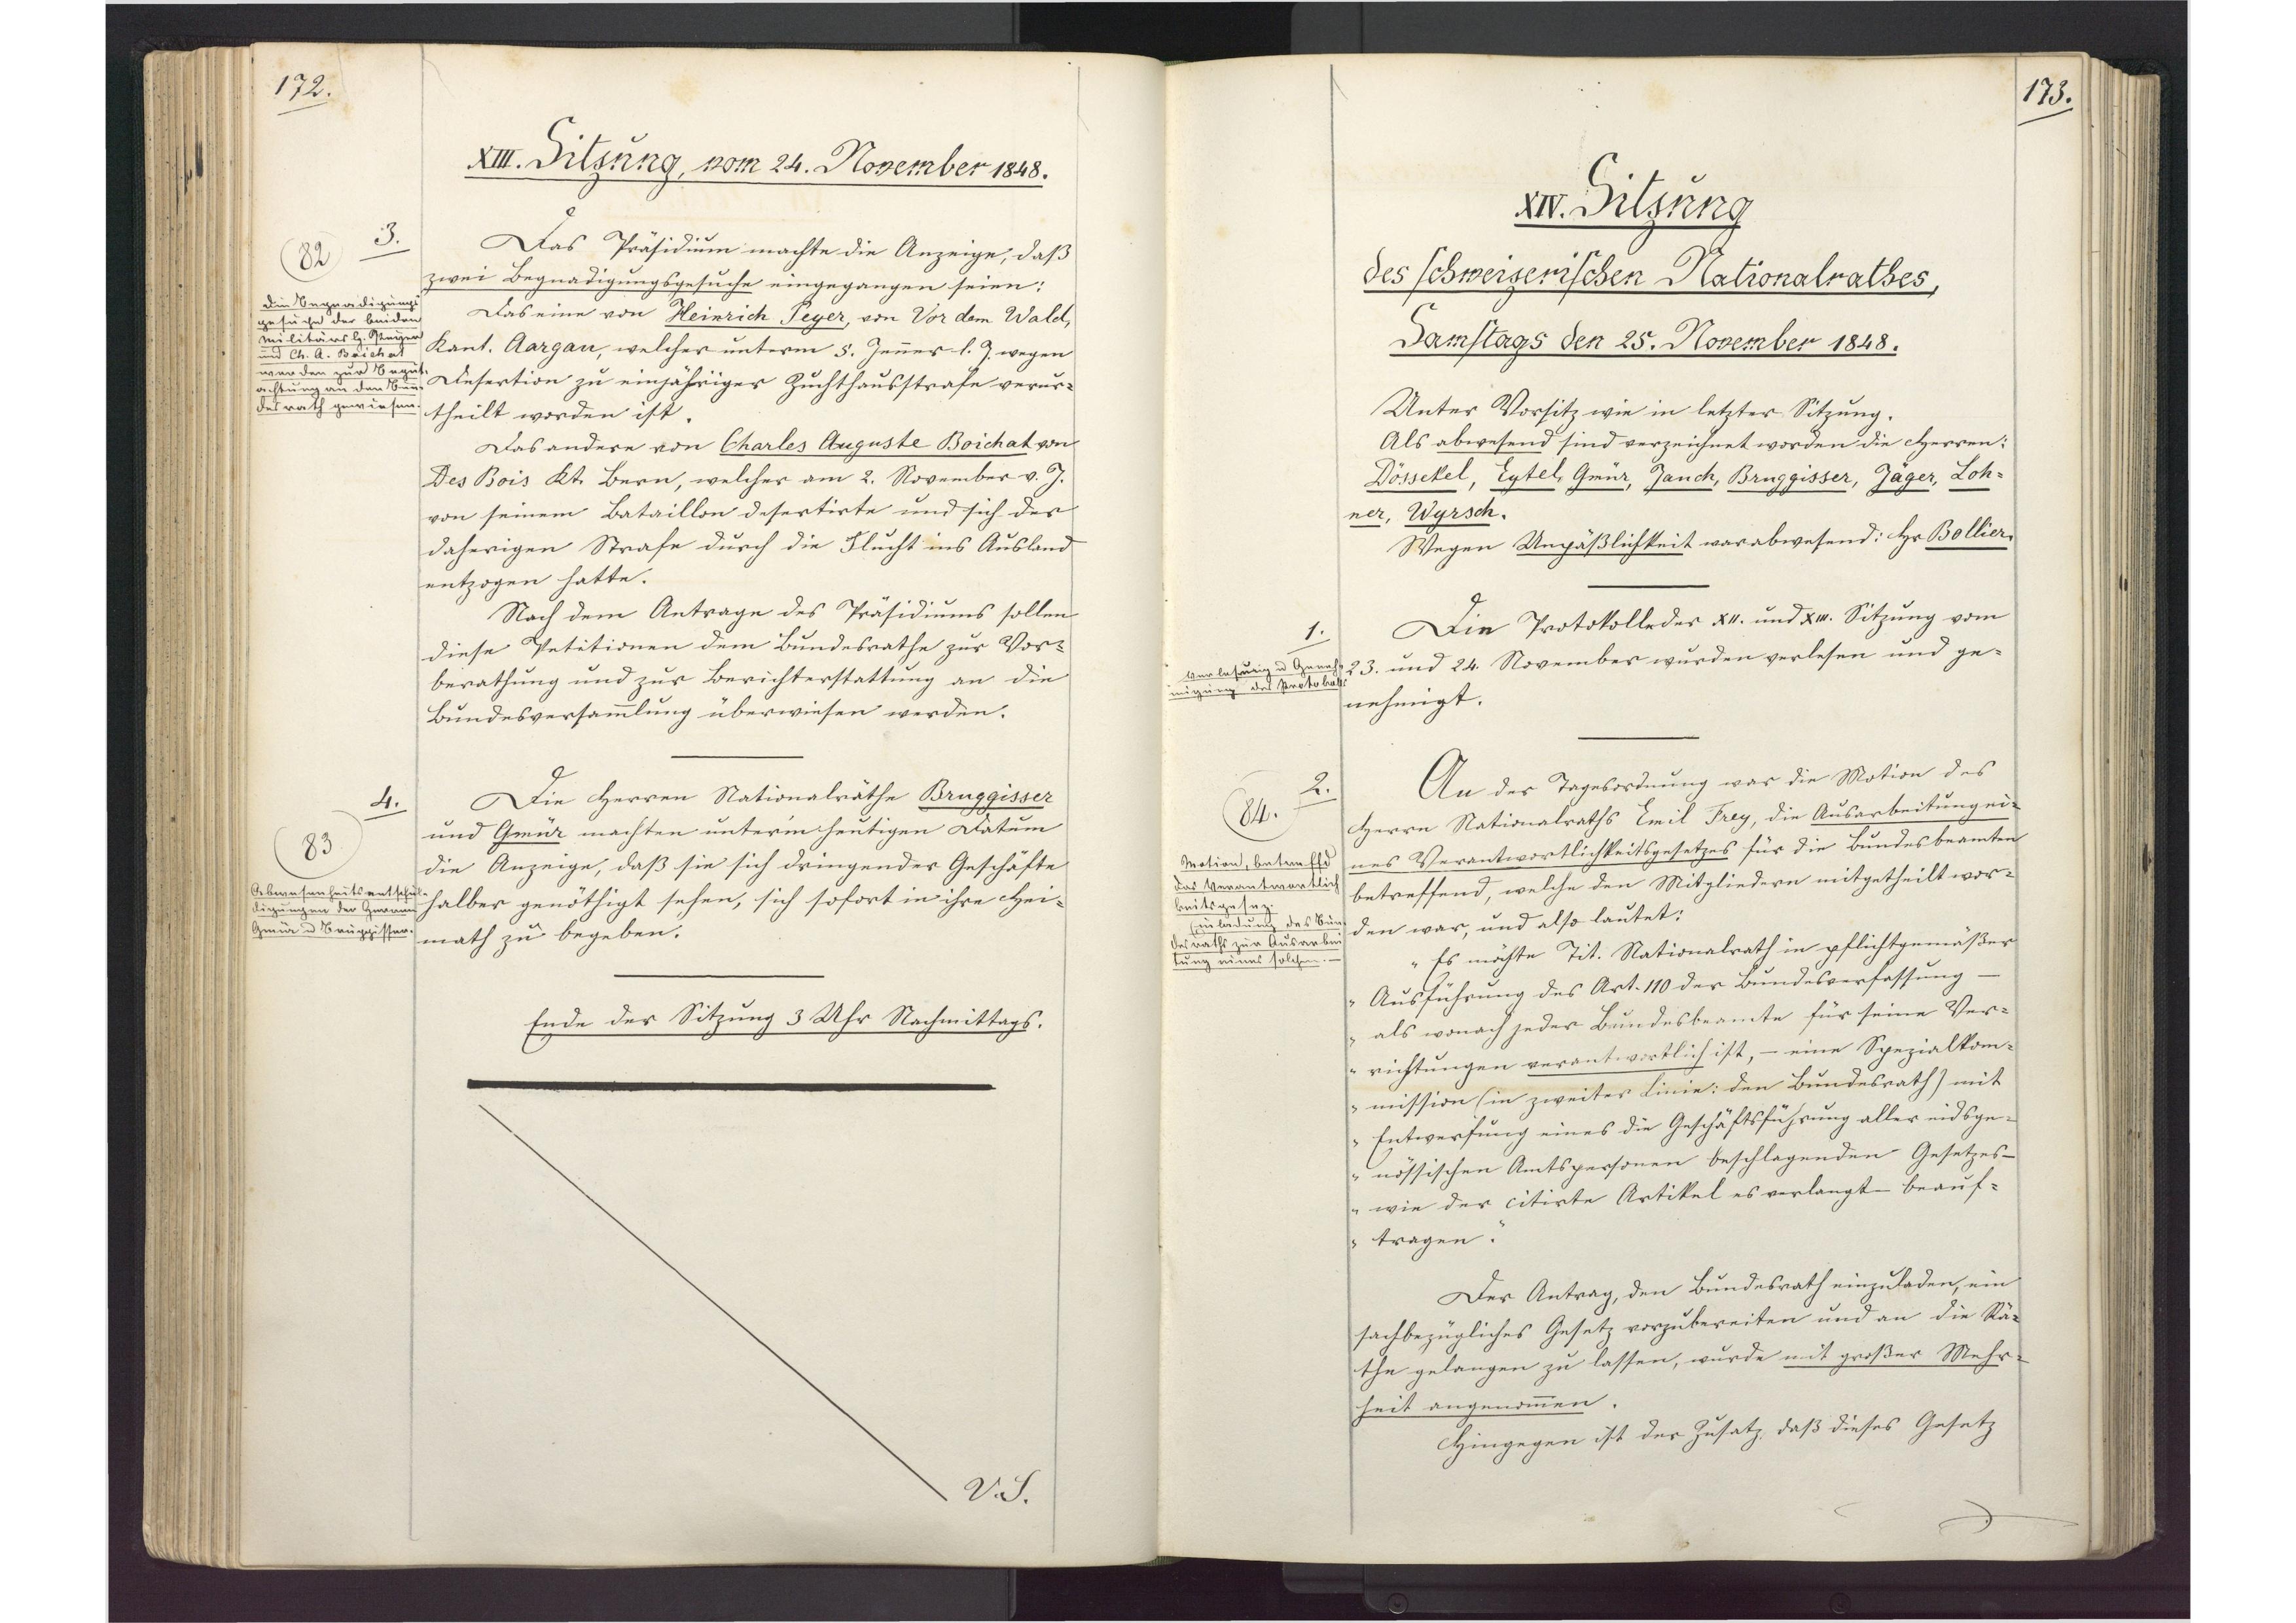
173.

XIV. Sitzung
des schweizerischen Nationalrathes,
Samstags den 25. November 1848.

Unter Vorsitz wie in letzter Sitzung.
Als abwesend sind verzeichnet worden die Herren:
Dössekel, Eytel, Gmür, Jauch, Bruggisser, Jäger, Loh¬
ner, Wyrsch.
Wegen Unpäßlichkeit war abwesend: Hr Bollier.
Die Protokolle der XII. und XIII. Sitzung vom
23. und 24. November wurden verlesen und ge¬
nehmigt.
An der Tagesordnung war die Motion des
Herrn Nationalraths Emil Frey, die Ausarbeitung ei¬
nes Verantwortlichkeitsgesetzes für die Bundesbeamten
betreffend, welche den Mitgliedern mitgetheilt wor¬
den war, und also lautet:
"Es möchte Tit. Nationalrath in pflichtgemäßer
Ausführung des Art. 110 der Bundesverfassung -
als wonach jeder Bundesbeamte für seine Ver¬
richtungen verantwortlich ist, - eine Spezialkom¬
mission (in zweiter Linie: den Bundesrath) mit
Entwerfung eines die Geschäftsführung aller eidsge¬
nössischen Amtspersonen beschlagenden Gesetzes -
wie der citirte Artikel es verlangt - beauf¬
tragen."
Der Antrag, den Bundesrath einzuladen, ein
sachbezügliches Gesetz vorzubereiten und an die Rä¬
the gelangen zu lassen, wurde mit großer Mehr¬
heit angenommen.
Hingegen ist der Zusatz, daß dieses Gesetz

1.
Verlesung und Geneh¬
migung des Protokolls.

2.
84.
Motion, betreffend
das Verantwortlich¬
keitsgesez.
Einladung des Bun¬
desraths zur Ausarbei¬
tung eines solchen.